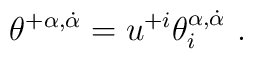
\theta^{+\alpha,\dot\alpha} = u^{+i}\theta_i^{\alpha,\dot\alpha} \ .